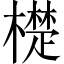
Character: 檚